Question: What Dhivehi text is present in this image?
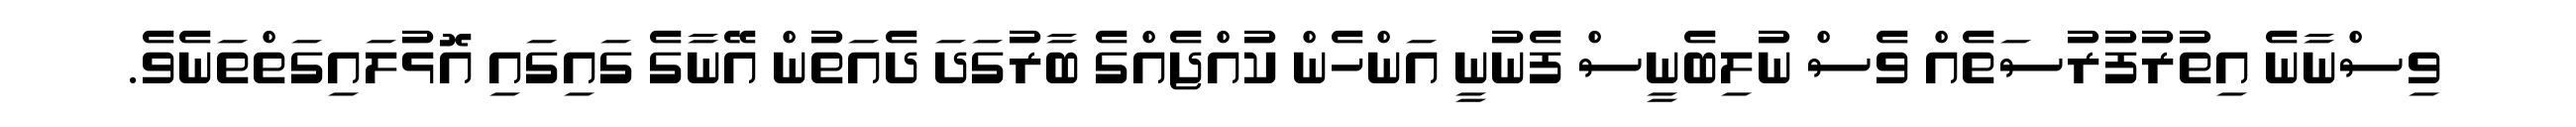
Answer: ވިސްނާނެ އިތުރުފުރުސަތެއް ވެސް ނުލިބެނީސް ފެނުނީ އަންހެން ކުއްޖެއްގެ ބާރުގަދަ ދެއަތުން އޭނާގެ ގައިގައި އޮޅުލައިގަތްތަނެވެ.